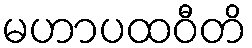
မဟာပထဝီတိ